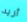
أريد